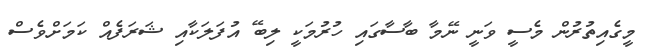
މީގެއިތުރުން މެސީ ވަނީ ނޭމާ ބާސާގައި ހުރުމަކީ ލިބޭ އުފަލަކާއި ޝަރަފެއް ކަމަށްވެސް